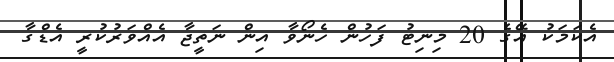
އެކަމަކު އޭގެ 20 މިނިޓު ފަހުން ހެނޯވާ އިން ނަތީޖާ އެއްވަރުކުރީ އެޑްގާ